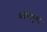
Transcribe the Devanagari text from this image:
प्रदेशापुरते